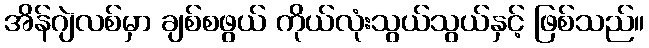
အိန်ဂျဲလစ်မှာ ချစ်စဖွယ် ကိုယ်လုံးသွယ်သွယ်နှင့် ဖြစ်သည်။